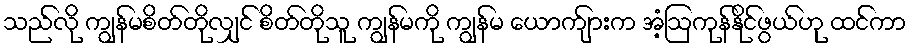
သည်လို ကျွန်မစိတ်တိုလျှင် စိတ်တိုသူ ကျွန်မကို ကျွန်မ ယောက်ျားက အံ့ဩကုန်နိုင်ဖွယ်ဟု ထင်ကာ